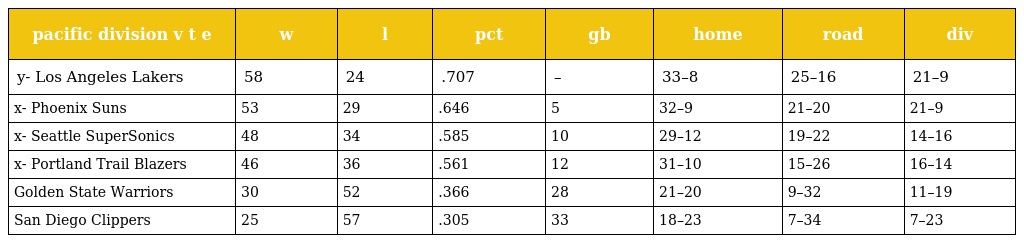
| pacific division v t e | w | l | pct | gb | home | road | div |
 | --- | --- | --- | --- | --- | --- | --- | --- |
 | y- Los Angeles Lakers | 58 | 24 | .707 | – | 33–8 | 25–16 | 21–9 |
 | x- Phoenix Suns | 53 | 29 | .646 | 5 | 32–9 | 21–20 | 21–9 |
 | x- Seattle SuperSonics | 48 | 34 | .585 | 10 | 29–12 | 19–22 | 14–16 |
 | x- Portland Trail Blazers | 46 | 36 | .561 | 12 | 31–10 | 15–26 | 16–14 |
 | Golden State Warriors | 30 | 52 | .366 | 28 | 21–20 | 9–32 | 11–19 |
 | San Diego Clippers | 25 | 57 | .305 | 33 | 18–23 | 7–34 | 7–23 |